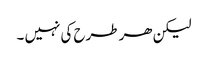
لیکن ھر طرح کی نہیں ۔